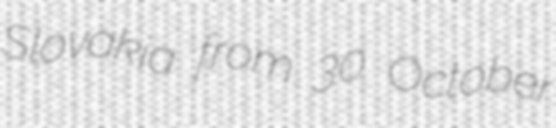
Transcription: Slovakia from 30 October